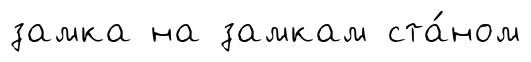
замка на замкам ста́ном